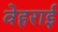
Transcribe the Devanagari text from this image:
वेहराई